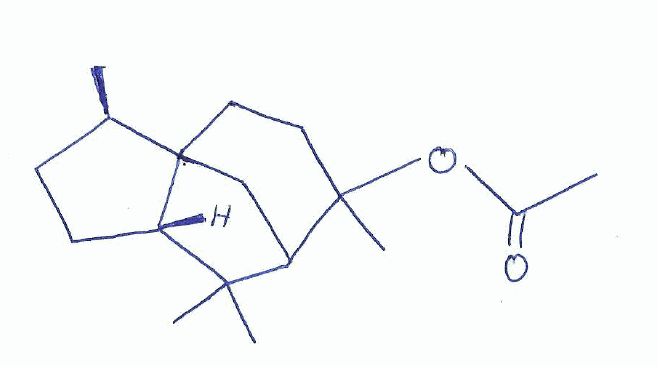
Simplified molecular-input line-entry system (SMILES) notation of the given molecule:
C[C@@H]1CC[C@@H]2C13CCC(C(C3)C2(C)C)(C)OC(=O)C